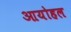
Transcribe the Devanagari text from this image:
आयोहल